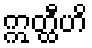
ဣတ္ထီဟိ